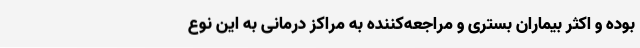
بوده و اکثر بیماران بستری و مراجعه‌کننده به مراکز درمانی به این نوع